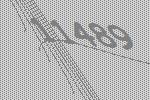
11489